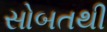
સોબતથી